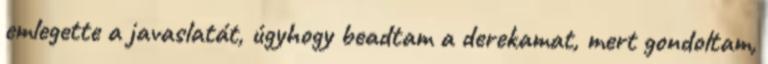
emlegette a javaslatát, úgyhogy beadtam a derekamat, mert gondoltam,